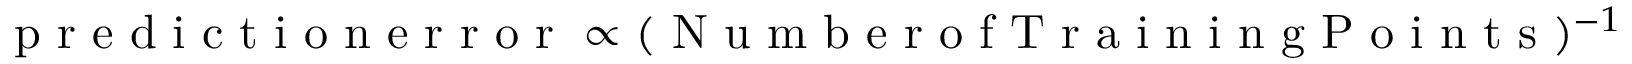
\textrm { p r e d i c t i o n e r r o r } \propto ( \textrm { N u m b e r o f T r a i n i n g P o i n t s } ) ^ { - 1 }